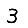
Digit: 3